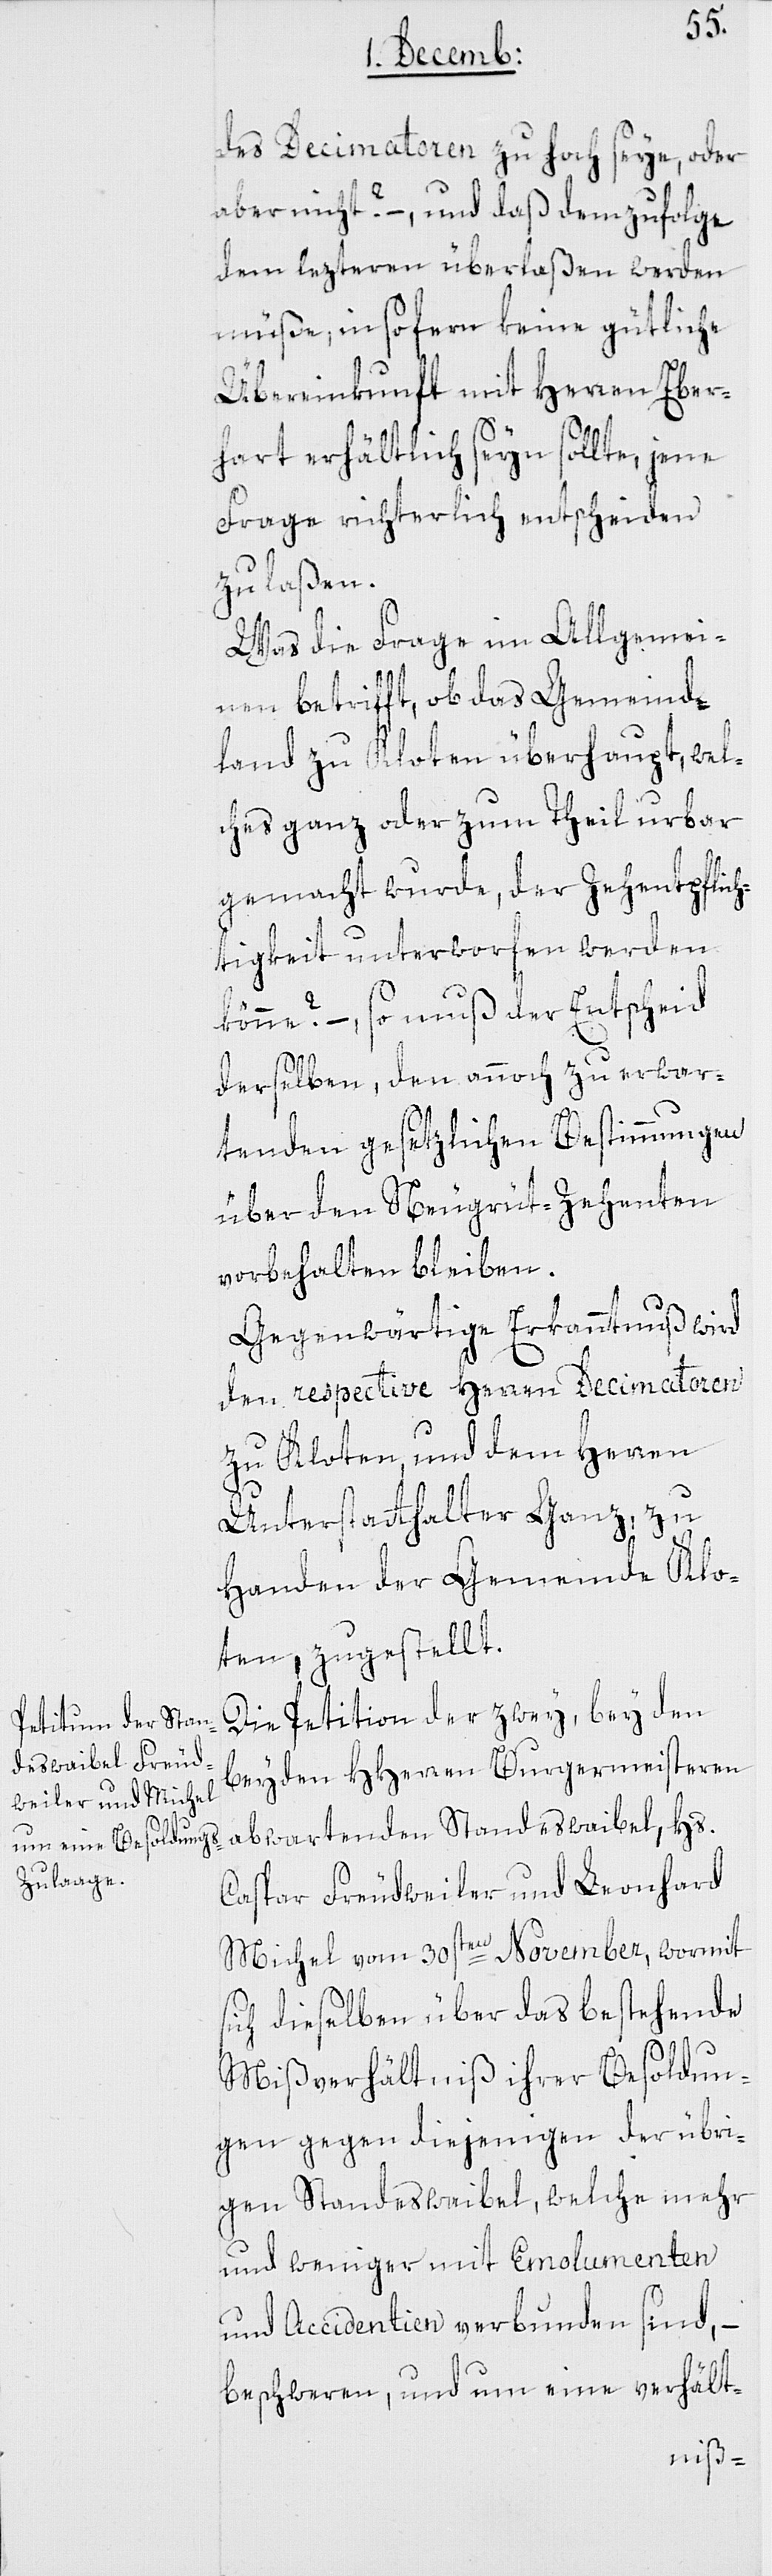
s¬
des Decimatoren zu hoch seye, oder
aber nicht? – und daß demzufolge
dem lezteren überlaßen werden
müße, in so fern keine gütliche
Übereinkunft mit Herren Eber¬
hart erhältlich seyn sollte, jene
Frage richterlich entscheiden
zu laßen.
Was die Frage im Allgemei¬
nen betrifft, ob das Gemeinde¬
land zu Kloten überhaupt, wel¬
ches ganz oder zum Theil urbar
gemacht wurde, der Zehentpflich¬
tigkeit unterworfen werden
könne? – so muß der Entscheid
derselben, den annoch zu erwar¬
tenden gesetzlichen Bestimmungen
über den Neugrüt-Zehenten
vorbehalten bleiben.
Gegenwärtige Erkanntnuß wird
den respective Herren Decimatoren
zu Kloten, und dem Herren
Unterstatthalter Ganz, zu
Handen der Gemeinde Klo¬
ten, zugestellt.
Die Petition der zwey, bey den
beyden HHerren Burgermeisteren
abwartenden Standeswaibel, Hs.
Caspar Freudweiler und Leonhard
Michel vom 30sten November, wormit
ich dieselben über das bestehende
Mißverhältniß ihrer Besoldun¬
gen gegen diejenigen der übri¬
gen Standesweibel, welche mehr
und weniger Emolumenten
und Accidentien verbunden sind, –
beschweren, und um eine verhält-